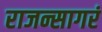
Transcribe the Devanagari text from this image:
राजन्सागरं